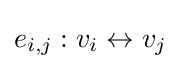
e_{i,j}:v_{i}\leftrightarrow v_{j}